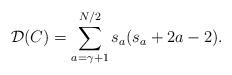
LaTeX: \begin{align*}{\mathcal D}(C) = \sum^{N/2}_{a=\gamma+1} s_a(s_a + 2a -2).\end{align*}